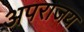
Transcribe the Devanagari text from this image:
अपराजय